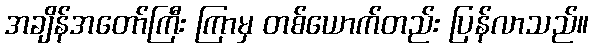
အချိန်အတော်ကြီး ကြာမှ တစ်ယောက်တည်း ပြန်လာသည်။